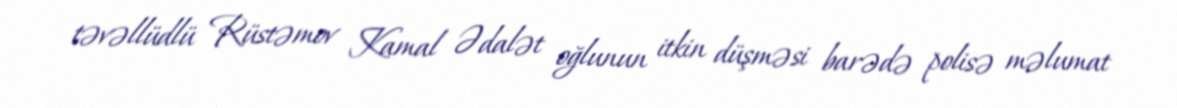
təvəllüdlü Rüstəmov Kamal Ədalət oğlunun itkin düşməsi barədə polisə məlumat